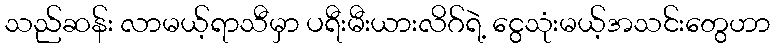
သည်ဆန်း လာမယ့်ရာသီမှာ ပရီးမီးယားလိဂ်ရဲ့ ငွေသုံးမယ့်အသင်းတွေဟာ